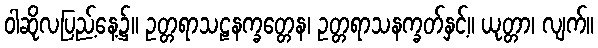
ဝါဆိုလပြည့်နေ့၌။ ဥတ္တရာသဠနက္ခတ္တေန၊ ဥတ္တရာသနက္ခတ်နှင့်။ ယုတ္တာ၊ လျက်။